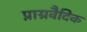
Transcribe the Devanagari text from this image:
प्राग्रवैदिक